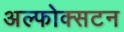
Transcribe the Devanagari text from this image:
अल्फोक्सटन